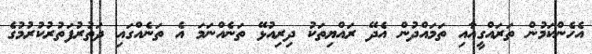
އެހެންކަމުން ތަރައްގީއާއި ތަމައްދުން އެދޭ ރައްޔިތަކު ދިރިއުޅޭ ތަނެއްނަމަ އެ ތަނެއްގައި ދަތުރުފަތުރުކުރުމުގެ